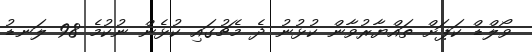
ވޯލްޑް ކަޕަށް ތައްޔާރުވާން ކުޅުނު ދެ މެޗުގައި ކުޅެން ނުކުމެ 98 ލަނޑު